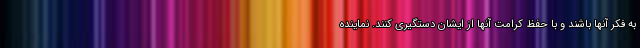
به فکر آنها باشند و با حفظ کرامت آنها از ایشان دستگیری کنند. نماینده